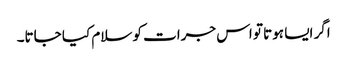
اگر ایسا ہوتا تو اس جرات کو سلام کیا جاتا۔